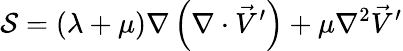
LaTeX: \mathcal{S}=\left(\lambda+\mu\right)\nabla\left(\nabla\cdot\vec{V}^{\prime}\right)+\mu\nabla^{2}\vec{V}^{\prime}